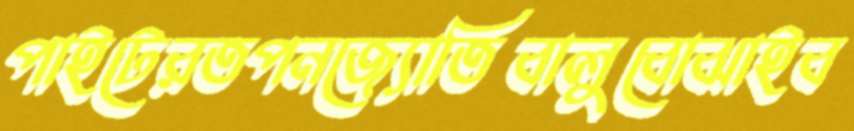
পাইটেরতপনজ্যোতিবালুবোঝাইব